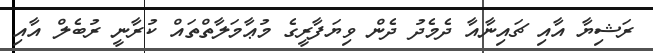
ރަޝިޔާ އާއި ޗައިނާއާ ދެމެދު ދެން ވިޔަފާރީގެ މުޢާމަލާތްތައް ކުރާނީ ރުބެލް އާއި